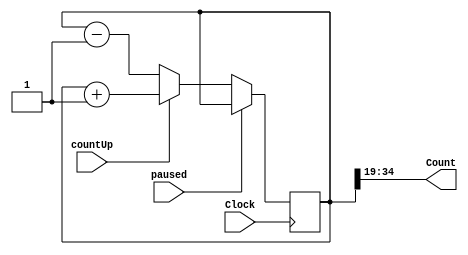
`timescale 1ns / 1ps
//////////////////////////////////////////////////////////////////////////////////
// Company: 
// Engineer: 
// 
// Design Name: 
// Module Name:    counter1second 
// Project Name: 
// Target Devices: 
// Tool versions: 
// Description: 
//
// Dependencies: 
//
// Revision: 
// Revision 0.01 - File Created
// Additional Comments: 
//
//////////////////////////////////////////////////////////////////////////////////
module counter(
    input countUp, paused, Clock,
    output [15:0] Count
    );
	 
	 reg [35:0] TempCount = 0;

	 always @(posedge Clock)
		 begin
			 TempCount <= paused ? TempCount : (countUp ? TempCount + 32'h1 : TempCount - 32'h1);
		 end
	
	 assign Count[15:0] = TempCount[35:19];

endmodule